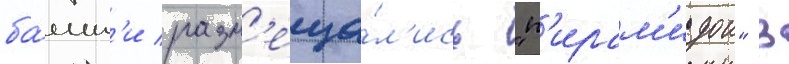
ба́шн'и разм'еща́л'ись "п'ирам'идои" в